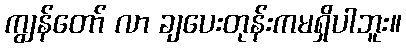
ကျွန်တော် လာ ချပေးတုန်းကမရှိပါဘူး။